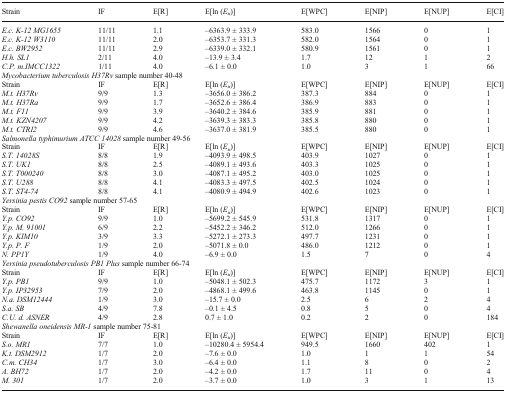
<table><thead><tr><td><b>Strain</b></td><td><b>IF</b></td><td><b>E[R]</b></td><td><b>E[ln (<i>E</i><sub><i>u</i></sub>)]</b></td><td><b>E[WPC]</b></td><td><b>E[NIP]</b></td><td><b>E[NUP]</b></td><td><b>E[CI]</b></td></tr></thead><tbody><tr><td><i>E.c. K-12 MG1655</i></td><td>11/11</td><td>1.1</td><td>–6363.9 ± 333.9</td><td>583.0</td><td>1566</td><td>0</td><td>1</td></tr><tr><td><i>E.c. K-12 W3110</i></td><td>11/11</td><td>2.0</td><td>–6353.7 ± 331.3</td><td>582.0</td><td>1564</td><td>0</td><td>1</td></tr><tr><td><i>E.c. BW2952</i></td><td>11/11</td><td>2.9</td><td>–6339.0 ± 332.1</td><td>580.9</td><td>1561</td><td>0</td><td>1</td></tr><tr><td><i>H.h. SL1</i></td><td>2/11</td><td>4.0</td><td>–13.9 ± 3.4</td><td>1.7</td><td>12</td><td>1</td><td>2</td></tr><tr><td><i>C.P. m.IMCC1322</i></td><td>1/11</td><td>4.0</td><td>–6.1 ± 0.0</td><td>1.0</td><td>3</td><td>1</td><td>66</td></tr><tr><td colspan="8"><i>Mycobacterium tuberculosis H37Rv</i> sample number 40-48</td></tr><tr><td>Strain</td><td>IF</td><td>E[R]</td><td>E[ln (<i>E</i><sub><i>u</i></sub>)]</td><td>E[WPC]</td><td>E[NIP]</td><td>E[NUP]</td><td>E[CI]</td></tr><tr><td><i>M.t. H37Rv</i></td><td>9/9</td><td>1.3</td><td>–3656.0 ± 386.2</td><td>387.3</td><td>884</td><td>0</td><td>1</td></tr><tr><td><i>M.t. H37Ra</i></td><td>9/9</td><td>1.7</td><td>–3652.6 ± 386.4</td><td>386.9</td><td>883</td><td>0</td><td>1</td></tr><tr><td><i>M.t. F11</i></td><td>9/9</td><td>3.9</td><td>–3640.2 ± 384.6</td><td>385.9</td><td>881</td><td>0</td><td>1</td></tr><tr><td><i>M.t. KZN4207</i></td><td>9/9</td><td>4.2</td><td>–3639.3 ± 383.3</td><td>385.8</td><td>880</td><td>0</td><td>1</td></tr><tr><td><i>M.t. CTRI2</i></td><td>9/9</td><td>4.6</td><td>–3637.0 ± 381.9</td><td>385.5</td><td>880</td><td>0</td><td>1</td></tr><tr><td colspan="8"><i>Salmonella typhimurium ATCC 14028</i> sample number 49-56</td></tr><tr><td>Strain</td><td>IF</td><td>E[R]</td><td>E[ln (<i>E</i><sub><i>u</i></sub>)]</td><td>E[WPC]</td><td>E[NIP]</td><td>E[NUP]</td><td>E[CI]</td></tr><tr><td><i>S.T. 14028S</i></td><td>8/8</td><td>1.9</td><td>–4093.9 ± 498.5</td><td>403.9</td><td>1027</td><td>0</td><td>1</td></tr><tr><td><i>S.T. UK1</i></td><td>8/8</td><td>2.5</td><td>–4089.1 ± 493.6</td><td>403.3</td><td>1025</td><td>0</td><td>1</td></tr><tr><td><i>S.T. T000240</i></td><td>8/8</td><td>3.0</td><td>–4087.1 ± 495.2</td><td>403.0</td><td>1025</td><td>0</td><td>1</td></tr><tr><td><i>S.T. U288</i></td><td>8/8</td><td>4.1</td><td>–4083.3 ± 497.5</td><td>402.5</td><td>1024</td><td>0</td><td>1</td></tr><tr><td><i>S.T. ST4-74</i></td><td>8/8</td><td>4.1</td><td>–4080.9 ± 494.9</td><td>402.6</td><td>1023</td><td>0</td><td>1</td></tr><tr><td colspan="8"><i>Yersinia pestis CO92</i> sample number 57-65</td></tr><tr><td>Strain</td><td>IF</td><td>E[R]</td><td>E[ln (<i>E</i><sub><i>u</i></sub>)]</td><td>E[WPC]</td><td>E[NIP]</td><td>E[NUP]</td><td>E[CI]</td></tr><tr><td><i>Y.p. CO92</i></td><td>9/9</td><td>1.0</td><td>–5699.2 ± 545.9</td><td>531.8</td><td>1317</td><td>0</td><td>1</td></tr><tr><td><i>Y.p. M. 91001</i></td><td>6/9</td><td>2.2</td><td>–5452.2 ± 346.2</td><td>512.0</td><td>1266</td><td>0</td><td>1</td></tr><tr><td><i>Y.p. KIM10</i></td><td>3/9</td><td>3.3</td><td>–5272.1 ± 273.3</td><td>497.7</td><td>1231</td><td>0</td><td>1</td></tr><tr><td><i>Y.p. P. F</i></td><td>1/9</td><td>2.0</td><td>–5071.8 ± 0.0</td><td>486.0</td><td>1212</td><td>0</td><td>1</td></tr><tr><td><i>N. PP1Y</i></td><td>1/9</td><td>4.0</td><td>–6.9 ± 0.0</td><td>1.5</td><td>7</td><td>0</td><td>4</td></tr><tr><td colspan="8"><i>Yersinia pseudotuberculosis PB1 Plus</i> sample number 66-74</td></tr><tr><td>Strain</td><td>IF</td><td>E[R]</td><td>E[ln (<i>E</i><sub><i>u</i></sub>)]</td><td>E[WPC]</td><td>E[NIP]</td><td>E[NUP]</td><td>E[CI]</td></tr><tr><td><i>Y.p. PB1</i></td><td>9/9</td><td>1.0</td><td>–5048.1 ± 502.3</td><td>475.7</td><td>1172</td><td>3</td><td>1</td></tr><tr><td><i>Y.p. IP32953</i></td><td>7/9</td><td>2.0</td><td>–4868.1 ± 499.6</td><td>463.8</td><td>1145</td><td>0</td><td>1</td></tr><tr><td><i>N.a. DSM12444</i></td><td>1/9</td><td>3.0</td><td>–15.7 ± 0.0</td><td>2.5</td><td>6</td><td>2</td><td>4</td></tr><tr><td><i>S.a. SB</i></td><td>4/9</td><td>7.8</td><td>–0.1 ± 4.5</td><td>0.8</td><td>5</td><td>0</td><td>4</td></tr><tr><td><i>C.U. d. ASNER</i></td><td>4/9</td><td>2.8</td><td>0.7 ± 1.0</td><td>0.2</td><td>2</td><td>0</td><td>184</td></tr><tr><td colspan="8"><i>Shewanella oneidensis MR-1</i> sample number 75-81</td></tr><tr><td>Strain</td><td>IF</td><td>E[R]</td><td>E[ln (<i>E</i><sub><i>u</i></sub>)]</td><td>E[WPC]</td><td>E[NIP]</td><td>E[NUP]</td><td>E[CI]</td></tr><tr><td><i>S.o. MR1</i></td><td>7/7</td><td>1.0</td><td>–10280.4 ± 5954.4</td><td>949.5</td><td>1660</td><td>402</td><td>1</td></tr><tr><td><i>K.t. DSM2912</i></td><td>1/7</td><td>2.0</td><td>–7.6 ± 0.0</td><td>1.0</td><td>1</td><td>1</td><td>54</td></tr><tr><td><i>C.m. CH34</i></td><td>1/7</td><td>3.0</td><td>–6.4 ± 0.0</td><td>1.1</td><td>8</td><td>0</td><td>2</td></tr><tr><td><i>A. BH72</i></td><td>1/7</td><td>2.0</td><td>–4.2 ± 0.0</td><td>1.7</td><td>11</td><td>0</td><td>4</td></tr><tr><td><i>M. 301</i></td><td>1/7</td><td>2.0</td><td>–3.7 ± 0.0</td><td>1.0</td><td>3</td><td>1</td><td>13</td></tr></tbody></table>